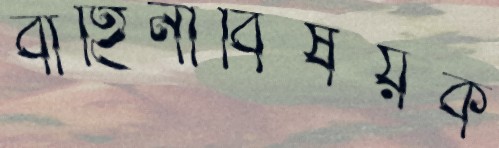
বাহিনীবিষয়ক